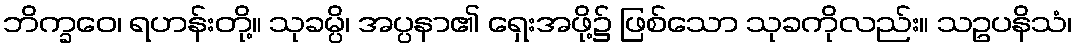
ဘိက္ခဝေ၊ ရဟန်းတို့။ သုခမ္ပိ၊ အပ္ပနာ၏ ရှေးအဖို့၌ ဖြစ်သော သုခကိုလည်း။ သဥပနိသံ၊